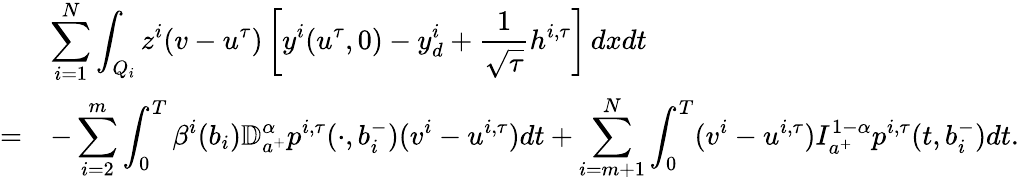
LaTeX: \begin{array}{rl}&{\displaystyle\sum_{i=1}^{N}\int_{Q_{i}}z^{i}(v-u^{\tau})\left[y^{i}(u^{\tau},0)-y_{d}^{i}+\frac{1}{\sqrt{\tau}}h^{i,\tau}\right]\, dxdt}\\ {=}&{\displaystyle-\sum_{i=2}^{m}\int_{0}^{T}\beta^{i}(b_{i})\mathbb{D}_{a^{+}}^{\alpha}p^{i,\tau}(\cdot,b_{i}^{-})(v^{i}-u^{i,\tau})dt+\displaystyle\sum_{i=m+1}^{N}\int_{0}^{T}(v^{i}-u^{i,\tau})I_{a^{+}}^{1-\alpha}p^{i,\tau}(t,b_{i}^{-})dt.}\end{array}